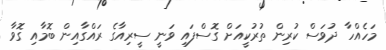
މަހެއްހާ ދުވަސް ކުރިން ތުރުކީއަށް ގޮސްފައި ވަނީ ސީރިއާގެ ރައްގާއިން ބޮމާއި ގޮވާ